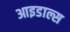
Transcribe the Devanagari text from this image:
आइडाल्स